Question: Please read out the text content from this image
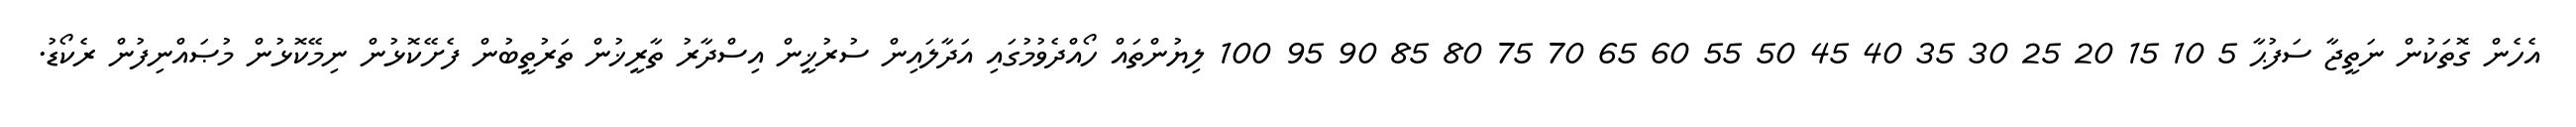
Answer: އެހެން ގޮތަކުން ނަތީޖާ ސަފުޙާ 5 10 15 20 25 30 35 40 45 50 55 60 65 70 75 80 85 90 95 100 ލިޔުންތައް ހޯއްދެވުމުގައި އަދާލައިން ސުރުޚީން އިސްދާރު ތާރީޚުން ތަރުތީބުން ފެށޭކޮޅުން ނިމޭކޮޅުން މުޞައްނިފުން ރެކޯޑު.